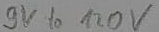
Text: 9V to 120V